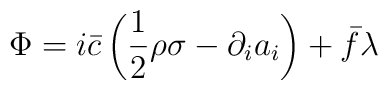
\Phi = i\bar{c}\left(\frac{1}{2}\rho \sigma -\partial_i a_i\right)+ \bar{f}\lambda\;